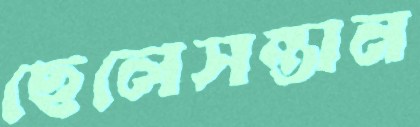
ছেলেসন্তান